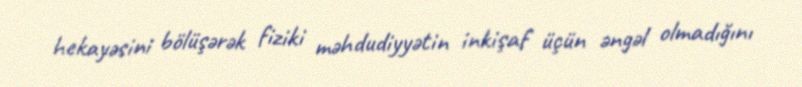
hekayəsini bölüşərək fiziki məhdudiyyətin inkişaf üçün əngəl olmadığını